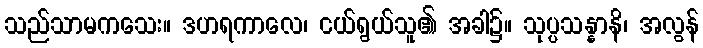
သည်သာမကသေး။ ဒဟရကာလေ၊ ငယ်ရွယ်သူ၏ အခါ၌။ သုပ္ပသန္နာနိ၊ အလွန်